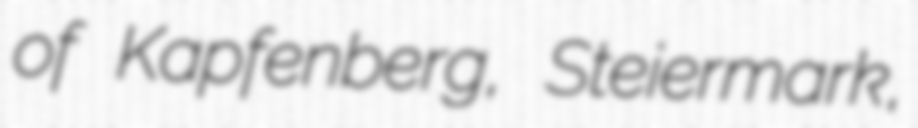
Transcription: of Kapfenberg, Steiermark,